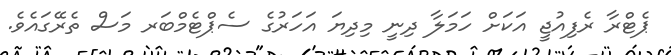
ޕެޓްރާ ރެފިއުޖީ އަކަށް ހަމަލާ ދިނީ މިދިޔަ އަހަރުގެ ސެޕްޓެމްބަރ މަސް ތެރޭގައެވެ.